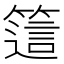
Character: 𥳅